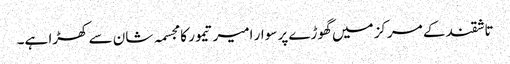
تاشقند کے مرکز میں گھوڑے پر سوار امیر تیمور کا مجسمہ شان سے کھڑا ہے۔